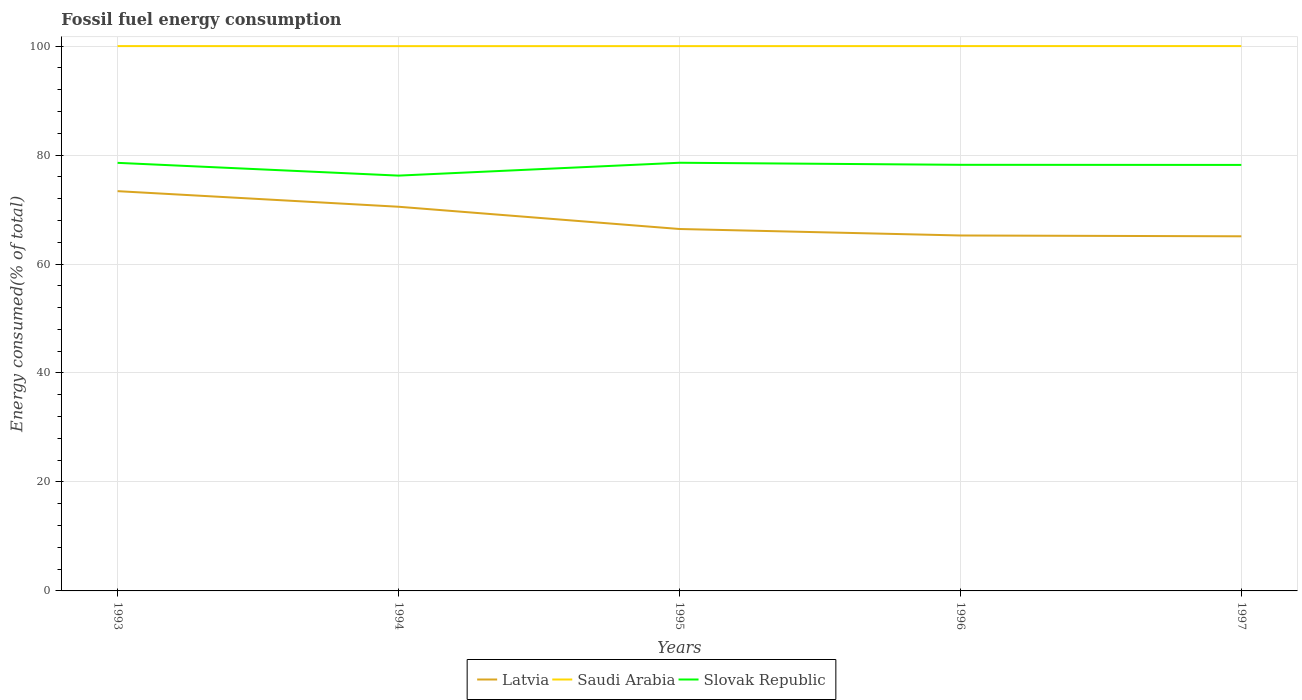
| Years | Latvia | Saudi Arabia | Slovak Republic |
 | --- | --- | --- | --- |
 | 1993 | 73.4 | 100 | 78.6 |
 | 1994 | 70.5 | 100 | 76.2 |
 | 1995 | 66.4 | 100 | 78.6 |
 | 1996 | 65.2 | 100 | 78.2 |
 | 1997 | 65.1 | 100 | 78.2 |